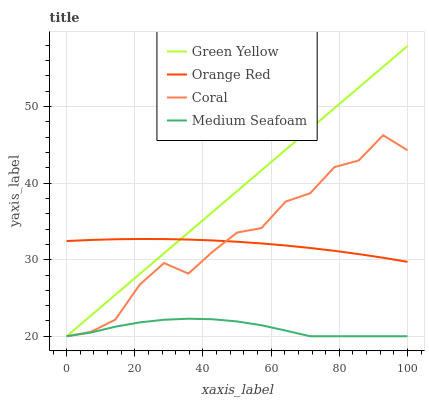
| xaxis_label | Green Yellow | Orange Red | Coral | Medium Seafoam |
 | --- | --- | --- | --- | --- |
 | 0 | 20 | 32.4 | 20 | 20 |
 | 7.14 | 22.7 | 32.6 | 20.6 | 20.5 |
 | 14.3 | 25.4 | 32.7 | 22.2 | 21.2 |
 | 21.4 | 28.1 | 32.7 | 26.7 | 21.8 |
 | 28.6 | 30.8 | 32.7 | 29.6 | 22.2 |
 | 35.7 | 33.5 | 32.6 | 28.2 | 22.3 |
 | 42.9 | 36.3 | 32.5 | 31.1 | 22.2 |
 | 50 | 39 | 32.3 | 33.5 | 21.9 |
 | 57.1 | 41.7 | 32.1 | 34.1 | 21.4 |
 | 64.3 | 44.4 | 31.9 | 37.6 | 20.7 |
 | 71.4 | 47.1 | 31.5 | 38.7 | 20 |
 | 78.6 | 49.8 | 31.2 | 42.1 | 20 |
 | 85.7 | 52.5 | 30.7 | 43 | 20 |
 | 92.9 | 55.2 | 30.3 | 46.3 | 20 |
 | 100 | 57.9 | 29.7 | 44.3 | 20 |